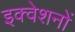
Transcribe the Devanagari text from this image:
इक्वेशनों